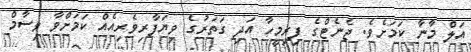
އަލް މާނާ ކަމަށެވެ. ޖެނެޓްގެ ފިރިމީހާ އަދި ގަތަރުގެ ވިޔަފާރިވެރިއެއް ކަމަށްވާ ވިސާމް